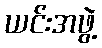
ယင်းအဖွဲ့